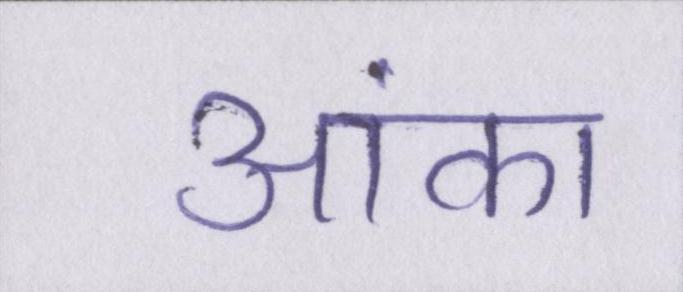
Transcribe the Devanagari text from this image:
आंका